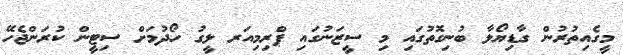
މީގެއިތުރުން ގާޑިޔޯލާ ބުނިގޮތުގައި މި ސީޒަނުގައި ޕްރިމިއަރ ލީގު ހޯދުމަށް ސިޓީން ކުރަންޖެހޭ